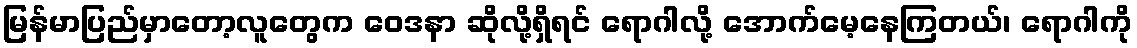
မြန်မာပြည်မှာတော့လူတွေက ဝေဒနာ ဆိုလို့ရှိရင် ရောဂါလို့ အောက်မေ့နေကြတယ်၊ ရောဂါကို